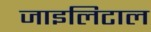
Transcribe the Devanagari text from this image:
जाइलिटाल